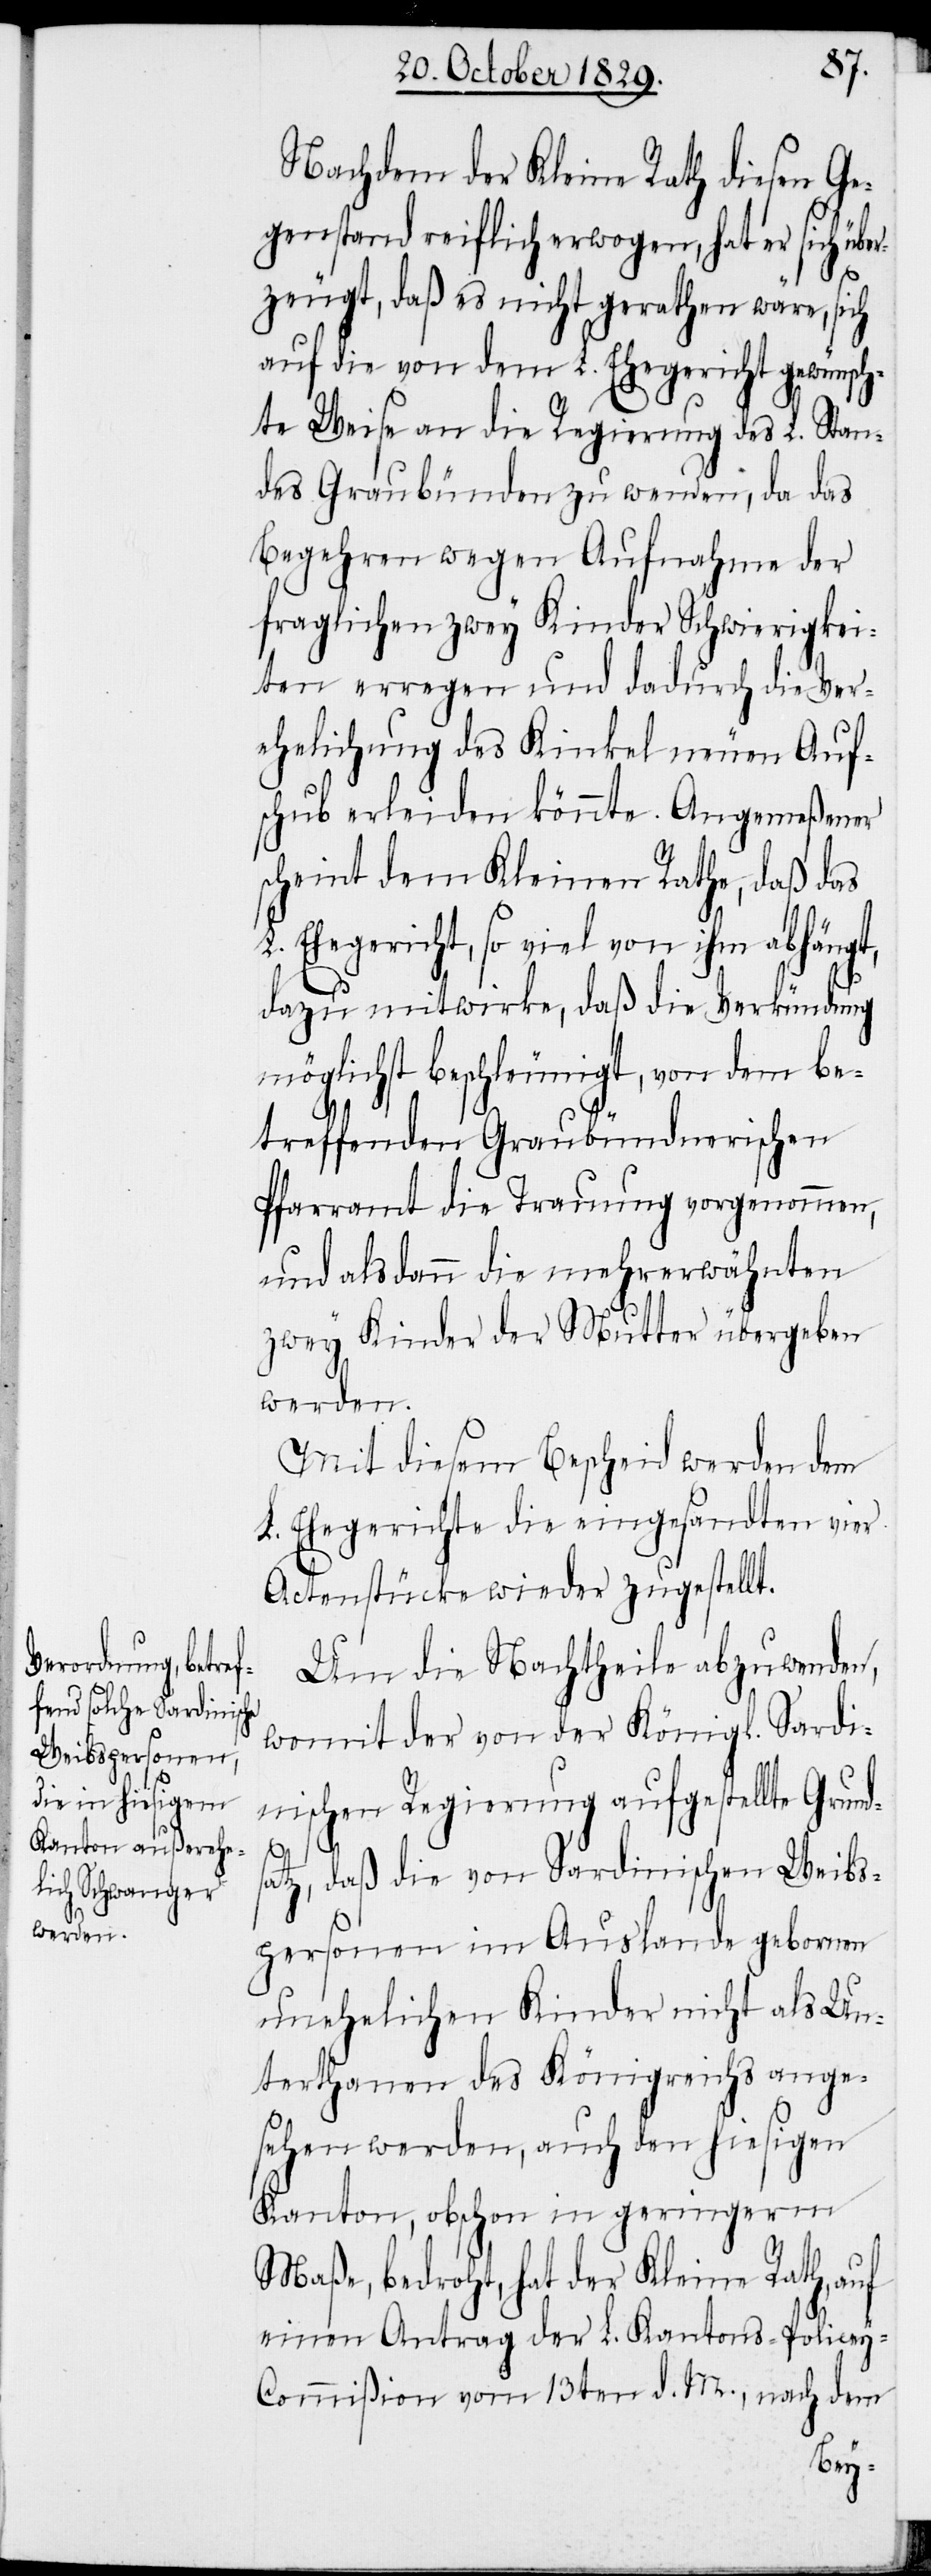
Nachdem der Kleine Rath diesen Ge¬
genstand reiflich erwogen, hat er sich übe¬
rzeugt, daß es nicht gerathen wäre, sich
auf die von dem L. Ehegericht gewünsc¬
hte Weise an die Regierung des L. Stan¬
des Graubünden zu wenden, da das
Begehren wegen Aufnahme der
fraglichen zwey Kinder Schwierigkei¬
ten erregen und dadurch die Ver¬
ehelichung des Kinkel neuen Auf¬
schub erleiden könnte. Angemeßener
scheint dem Kleinen Rathe, daß das
Ehegericht, so viel von ihm abhängt,
dazu mitwirke, daß die Verkündung
möglichst beschleunigt, von dem be¬
treffenden Graubündnerischen
Pfarramt die Trauung vorgenommen,
und alsdann die mehrerwähnten
zwey Kinder der Mutter übergeben
werden.
Mit diesem Bescheid werden dem
L. Ehegerichte die eingesandten vier
Actenstücke wieder zugestellt.
Um die Nachtheile abzuwenden,
womit der von der Königl. Sardi¬
nischen Regierung aufgestellte Grund¬
s¬
atz, daß die von Sardinischen Weibs¬
personen im Auslande gebornen
unehelichen Kinder nicht als Un¬
terthanen des Königreichs ange¬
sehen werden, auch den hiesigen
Kanton, obschon in geringerm
Maße, bedroht, hat der Kleine Rath, auf
einen Antrag der L. Kantons-Police¬
y-Commißion vom 13ten d. M., nach dem